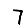
Digit: 7